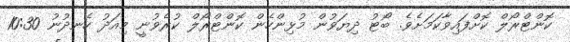
ކޮންޓްރޯލް ކޮށްފައިވާކަމަށެވެ. ބޯޓު ދިޔަވުން މުޅިންހެން ކޮންޓްރޯލް ކުރެވުނީ މިއަދު ހެނދުނު 10:30